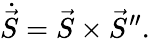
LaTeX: \dot{\vec{S}}=\vec{S}\times\vec{S}^{\prime\prime}.